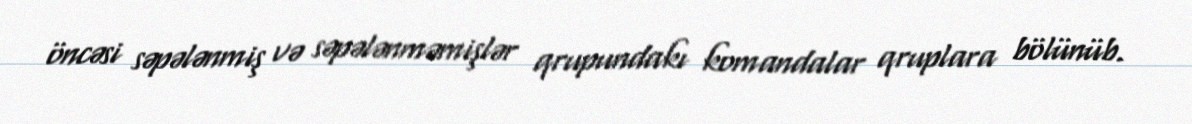
öncəsi səpələnmiş və səpələnməmişlər qrupundakı komandalar qruplara bölünüb.